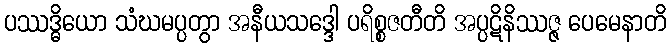
ပဿဒ္ဓိယော သံဃမပ္ပတွာ အနီယသဒ္ဒေါ ပရိစ္စဇတီတိ အပ္ပဋိနိဿဇ္ဇ ပေမေနာတိ